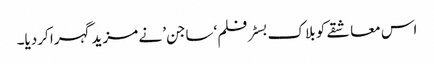
اس معاشقے کو بلاک بسٹر فلم ‘ساجن’ نے مزید گہرا کردیا۔